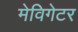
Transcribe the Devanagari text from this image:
मेविगेटर